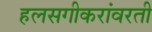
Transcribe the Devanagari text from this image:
हलसगीकरांवरती